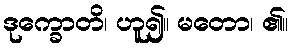
ဒုက္ခောတိ၊ ဟူ၍။ မတော၊ ၏။